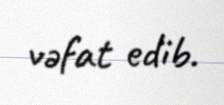
vəfat edib.